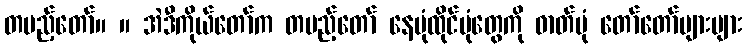
တပည့်တော်။ ။ အဲဒီကိုယ်တော်က တပည့်တော် နေပုံထိုင်ပုံတွေကို ဓာတ်ပုံ တော်တော်များများ